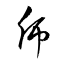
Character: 乕